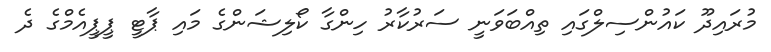
މުރައިދޫ ކައުންސިލްގައި ތިއްބަވަނީ ސަރުކާރު ހިންގާ ކޯލިޝަންގެ މައި ޕާޓީ ޕީޕީއެމްގެ ދެ